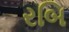
રબિ